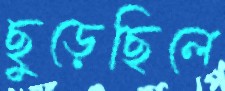
ছুড়েছিলে